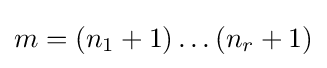
m=(n_{1}+1)\dots (n_{r}+1)